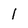
Character: 1